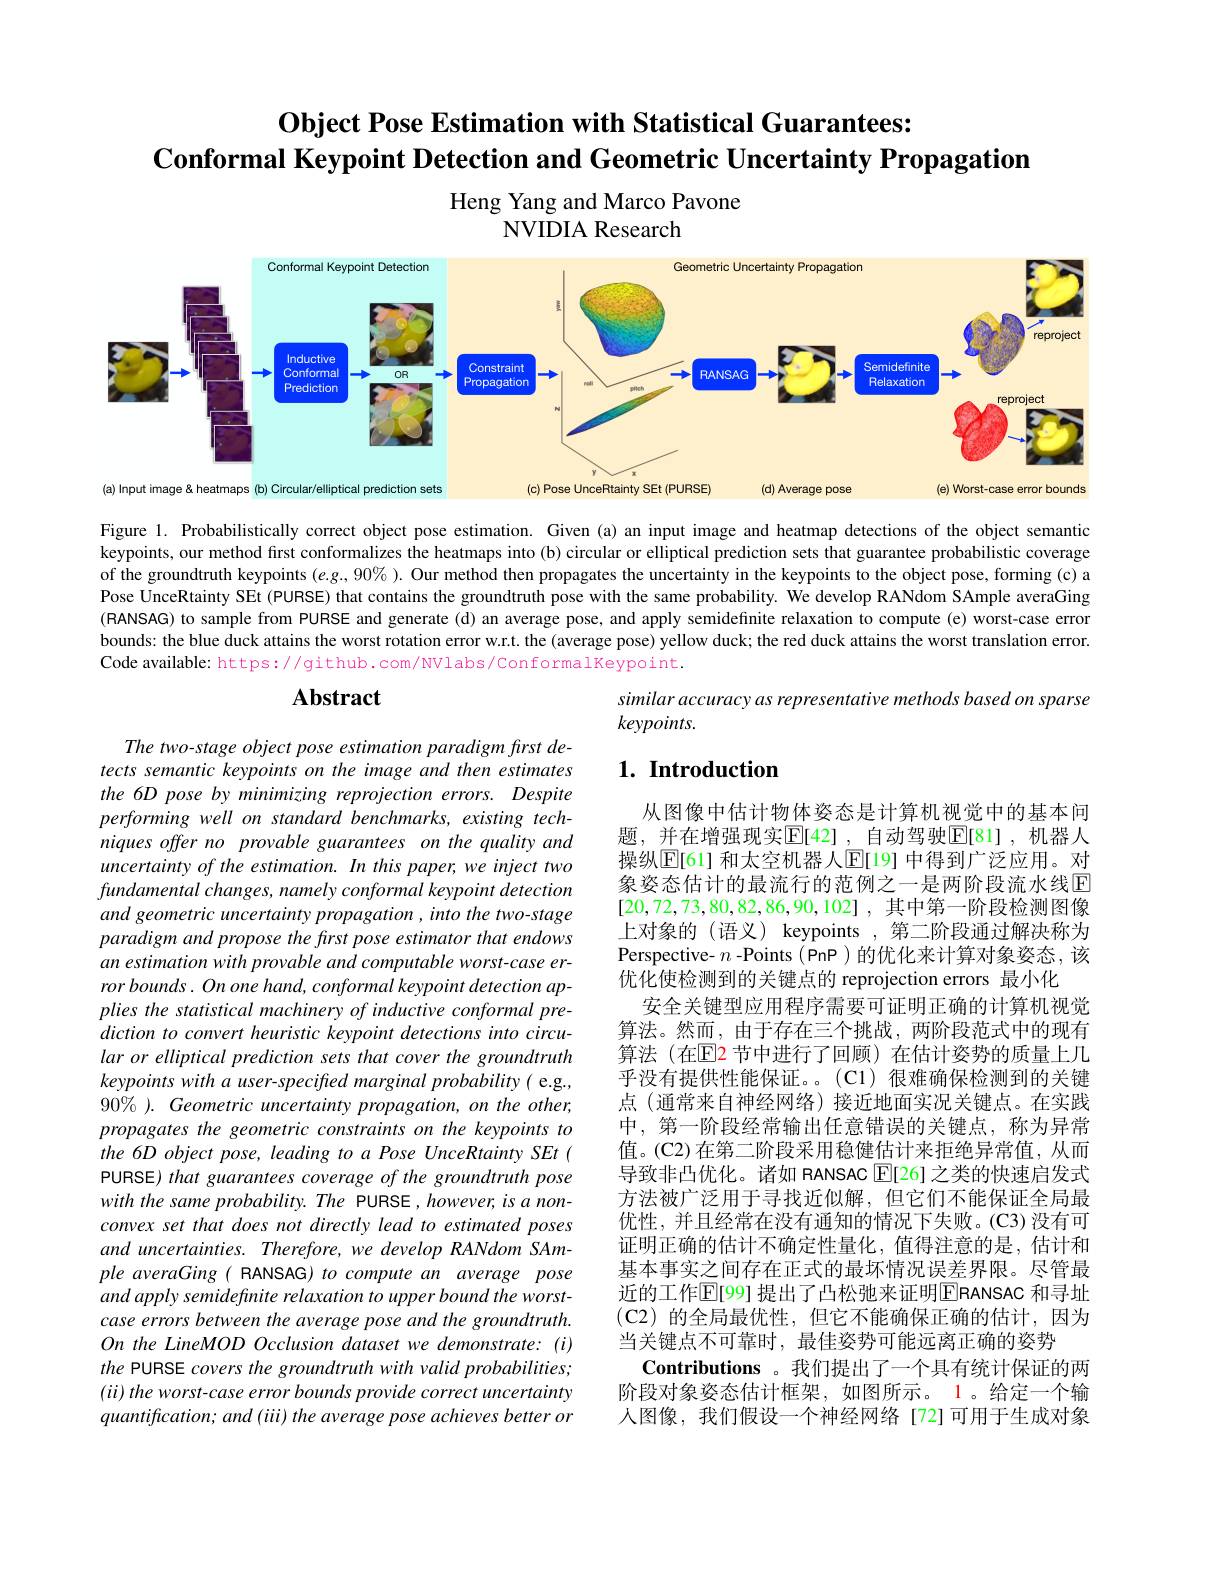
# $\textbf{Object Pose Estimation with Statistical Guarantees: }$ $\textbf{Conformal Keypoint Detection and Geometric Uncertainty Propagation}$

Heng Yang and Marco Pavone
NVIDIA Research

<FigureHere>
error bounds
(a) Input image& heatmaps (b) Circular
C)Pose Unce
pose

Figure 1. Probabilistically correct object pose estimation. Given(a) an input image and heatmap detections of the object semantic keypoints, our method fırst conformalizes the heatmaps into (b) circular or elliptical prediction sets that guarantee probabilistic coverage of the groundtruth keypoints $(e.g.,90\%).$ Our method then propagates the uncertainty in the keypoints to the object pose, forming (c) a Pose UnceRtainty SEt (PURSE) that contains the groundtruth pose with the same probability. We develop RANdom SAmple averaGing (RANSAG) to sample from PURSE and generate (d) an average pose, and apply semidefinite relaxation to compute (e) worst-case error bounds: the blue duck attains the worst rotation error w.r.t. the (average pose) yellow duck, the red duck attains the worst translation error. Code available: https://github.com/NVlabs/ConformalKeypoint.

## $\mathbf{Abstract}$

similar accuracy as representative methods based on sparse
keypoints.

## $1. \textbf{ Introduction}$

The two-stage object pose estimation paradigm first detects semantic keypoints on the image and then estimates the 6D pose by minimizing reprojection errors. Despite performing well on standard benchmarks, existing techniques offer no provable guarantees on the quality and uncertainty of the estimation. In this paper, we inject two $fundamentalchanges,namelyconformalkeypoint$ detection and geometric uncertainty propagation , into the two-stage paradigm and propose the first pose estimator that endows an estimation with provable and computable worst-case error bounds. On one hand, conformal keypoint detection applies the statistical machinery of inductive conformal prediction to convert heuristic keypoint detections into circular or elliptical prediction sets that cover the groundtruth keypoints with a user-specifted marginal probability( e.g., $90\%$ ). Geometric uncertainty propagation, on the other, propagates the geometric constraints on the keypoints to the 6D object pose, leading to a Pose UnceRtainty SEt ( PURSE) that guarantees coverage of the groundtruth pose with the same probability. The PURSE, however, is a nonconvex set that does not directly lead to estimated poses and uncertainties. Therefore, we develop RANdom SAmple averaGing ( RANSAG) to compute an average pose and apply semidefinite relaxation to upper bound the worstcase errors between the average pose and the groundtruth. On the LineMOD Occlusion dataset we demonstrate: (i) the PURSE covers the groundtruth with valid probabilities; $( ii) \textit{ the worst- case error bounds provide correct uncertainty}$ quantification; and (iii) the average pose achieves better or

从图像中估计物体姿态是计算机视觉中的基本问题，并在增强现实E$[ 42] , 自 动 驾 驶 E[ 81] , 机 器 人$ 操纵$\overline{\mathbb{E}}[61]$ 和太空机器人$\overline{\mathbb{E}}[19]$ 中得到广泛应用。对象姿态估计的最流行的范例之一是两阶段流水线E [20,72,73,80,82,86,90,102],其中第一阶段检测图像上对象的 (语义) keypoints ,第二阶段通过解决称为Perspective- $n$ -Points (PnP)的优化来计算对象姿态，该优化使检测到的关键点的 reprojection errors 最小化
安全关键型应用程序需要可证明正确的计算机视觉算法。然而，由于存在三个挑战，两阶段范式中的现有算法(在$\mathbb{E}$2 节中进行了回顾)在估计姿势的质量上几乎没有提供性能保证。。(C1)很难确保检测到的关键点 (通常来自神经网络)接近地面实况关键点。在实践中，第一阶段经常输出任意错误的关键点，称为异常值。(C2)在第二阶段采用稳健估计来拒绝异常值，从而导致非凸优化。诸如 RANSAC $\operatorname{E}[26]$之类的快速启发式方法被广泛用于寻找近似解，但它们不能保证全局最优性，并且经常在没有通知的情况下失败。(C3)没有可证明正确的估计不确定性量化，值得注意的是，估计和基本事实之间存在正式的最坏情况误差界限。尽管最近的工作$\mathbb{E}[$99] 提出了凸松弛来证明$\boxed{\mathrm{E}}$RANSAC 和寻址(C2)的全局最优性，但它不能确保正确的估计，因为当关键点不可靠时，最佳姿势可能远离正确的姿势
Contributions 。我们提出了一个具有统计保证的两阶段对象姿态估计框架，如图所示。1。给定一个输人图像，我们假设一个神经网络[72]可用于生成对象